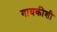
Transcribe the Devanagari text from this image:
गायकीशी